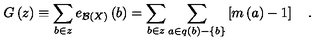
G \left( z \right) \equiv \sum _ { b \in z } e _ { { \cal B } \left( X \right) } \left( b \right) = \sum _ { b \in z } \sum _ { a \in q \left( b \right) - \left\{ b \right\} } \left[ m \left( a \right) - 1 \right] \quad .